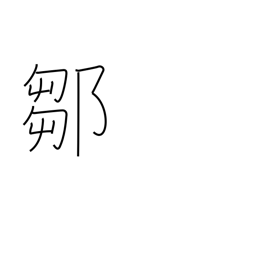
Meaning: place name